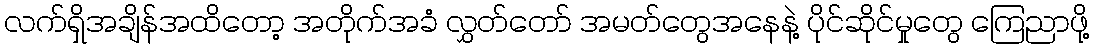
လက်ရှိအချိန်အထိတော့ အတိုက်အခံ လွှတ်တော် အမတ်တွေအနေနဲ့ ပိုင်ဆိုင်မှုတွေ ကြေညာဖို့